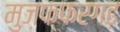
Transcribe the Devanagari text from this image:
मुज़फ्फरगढ़